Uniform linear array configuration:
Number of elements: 4
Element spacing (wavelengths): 0.25
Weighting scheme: exponential
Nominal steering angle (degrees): -60
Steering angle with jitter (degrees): -58.129
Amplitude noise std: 0.05
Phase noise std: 0.05

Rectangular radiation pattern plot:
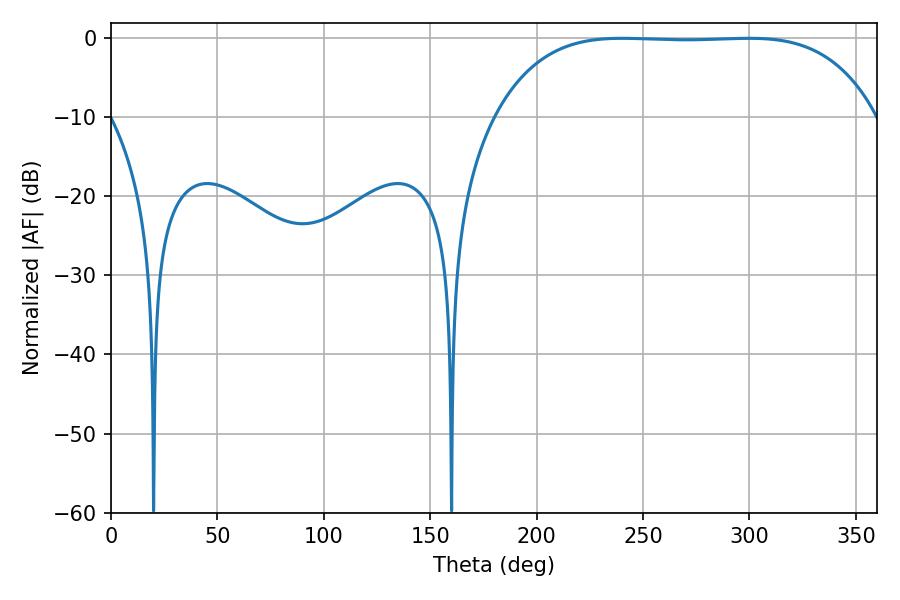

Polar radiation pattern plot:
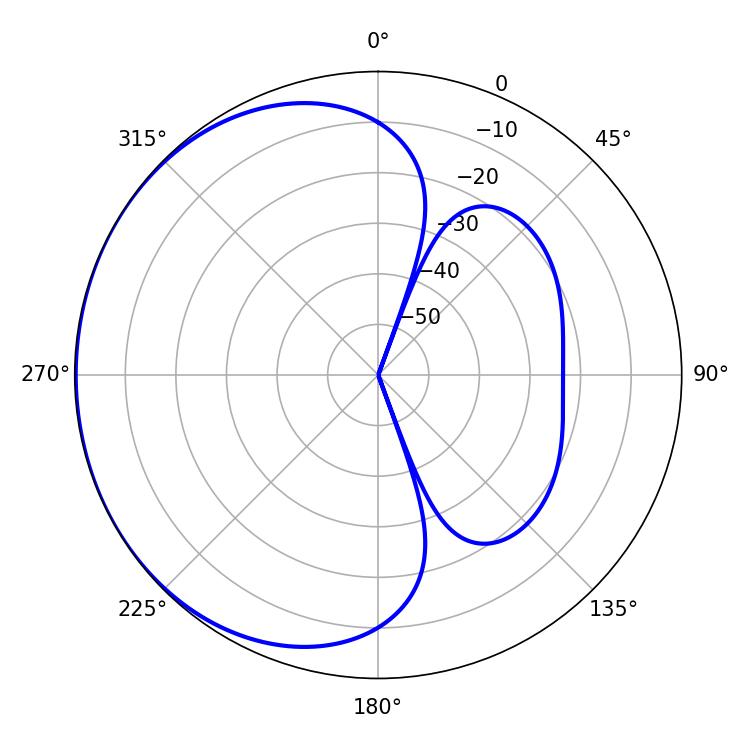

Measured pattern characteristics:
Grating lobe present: FALSE
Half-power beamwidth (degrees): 138.24
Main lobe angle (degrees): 240.12